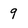
Character: 9